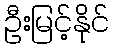
ဦးမြင့်နိုင်